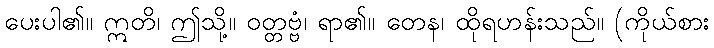
ပေးပါ၏။ ဣတိ၊ ဤသို့။ ဝတ္တဗ္ဗံ၊ ရာ၏။ တေန၊ ထိုရဟန်းသည်။ (ကိုယ်စား